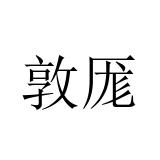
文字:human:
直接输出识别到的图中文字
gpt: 敦厖